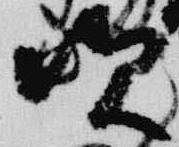
次